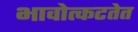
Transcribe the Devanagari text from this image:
भावोत्कटतेत